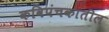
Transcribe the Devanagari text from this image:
कविपंचकातील